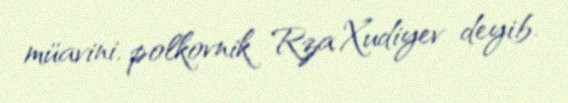
müavini, polkovnik Rza Xudiyev deyib.